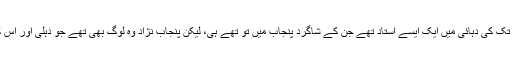
جوش ملسیانی پچاس سے ساٹھ تک کی دہائی میں ایک ایسے استاد تھے جن کے شاگرد پنجاب میں تو تھے ہی، لیکن پنجاب نژاد وہ لوگ بھی تھے جو دہلی اور اس کے قرب و جوار میں آباد تھے۔